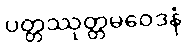
ပတ္တဿုတ္တမဝေဒနံ